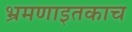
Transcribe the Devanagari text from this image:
भ्रमणाइतकाच